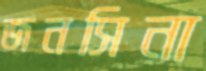
জনসিনা